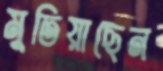
মুতিয়াছেন